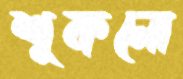
শুকনো